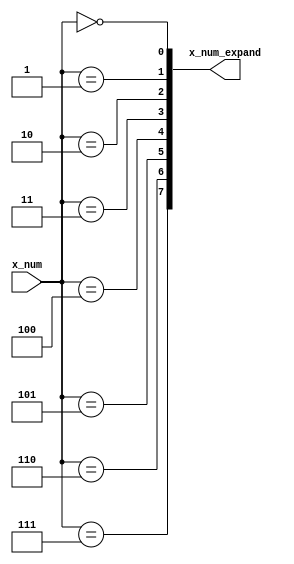
// This program was cloned from: https://github.com/T-head-Semi/openc910
// License: Apache License 2.0

/*Copyright 2019-2021 T-Head Semiconductor Co., Ltd.

Licensed under the Apache License, Version 2.0 (the "License");
you may not use this file except in compliance with the License.
You may obtain a copy of the License at

    http://www.apache.org/licenses/LICENSE-2.0

Unless required by applicable law or agreed to in writing, software
distributed under the License is distributed on an "AS IS" BASIS,
WITHOUT WARRANTIES OR CONDITIONS OF ANY KIND, either express or implied.
See the License for the specific language governing permissions and
limitations under the License.
*/

// &ModuleBeg; @24
module ct_rtu_expand_8(
  x_num,
  x_num_expand
);

// &Ports; @25
input   [2:0]  x_num;       
output  [7:0]  x_num_expand; 

// &Regs; @26

// &Wires; @27
wire    [2:0]  x_num;       
wire    [7:0]  x_num_expand; 


//==========================================================
//       expand 3 bits number to 8 bits one-hot number
//==========================================================
assign x_num_expand[0] = (x_num[2:0] == 3'd0);
assign x_num_expand[1] = (x_num[2:0] == 3'd1);
assign x_num_expand[2] = (x_num[2:0] == 3'd2);
assign x_num_expand[3] = (x_num[2:0] == 3'd3);
assign x_num_expand[4] = (x_num[2:0] == 3'd4);
assign x_num_expand[5] = (x_num[2:0] == 3'd5);
assign x_num_expand[6] = (x_num[2:0] == 3'd6);
assign x_num_expand[7] = (x_num[2:0] == 3'd7);

// &ModuleEnd; @41
endmodule